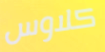
كلاوس